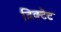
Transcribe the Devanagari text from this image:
डिक्टेट